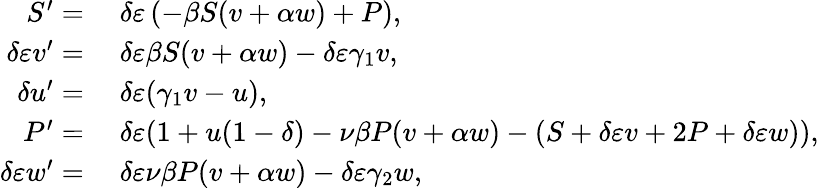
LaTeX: \begin{array}{rl}{S^{\prime}=}&{{}\; \delta\varepsilon\left(-\beta S(v+\alpha w)+P\right),}\\ {\delta\varepsilon v^{\prime}=}&{{}\; \delta\varepsilon\beta S(v+\alpha w)-\delta\varepsilon\gamma_{1}v,}\\ {\delta u^{\prime}=}&{{}\; \delta\varepsilon(\gamma_{1}v-u),}\\ {P^{\prime}=}&{{}\; \delta\varepsilon(1+u(1-\delta)-\nu\beta P(v+\alpha w)-(S+\delta\varepsilon v+2P+\delta\varepsilon w)),}\\ {\delta\varepsilon w^{\prime}=}&{{}\; \delta\varepsilon\nu\beta P(v+\alpha w)-\delta\varepsilon\gamma_{2}w,}\end{array}